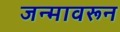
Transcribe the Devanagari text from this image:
जन्मावरून